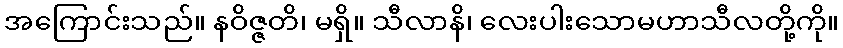
အကြောင်းသည်။ နဝိဇ္ဇတိ၊ မရှိ။ သီလာနိ၊ လေးပါးသောမဟာသီလတို့ကို။